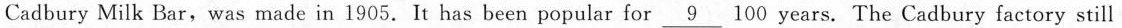
Cadbury Milk Bar,was made in 1905. It has been popular for\underline{9} 100 years. The Cadbury factory still